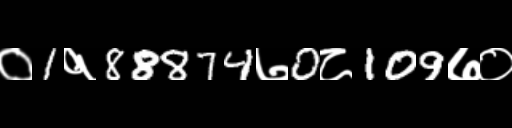
Text: ०1१88874७0८109७०